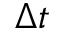
\Delta t